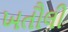
ખતૌલી